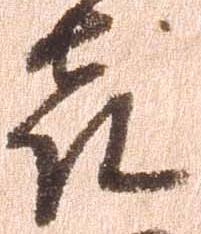
喜